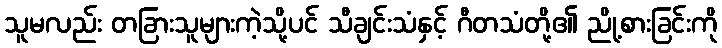
သူမလည်း တခြားသူများကဲ့သို့ပင် သီချင်းသံနှင့် ဂီတသံတို့၏ ညို့စားခြင်းကို